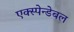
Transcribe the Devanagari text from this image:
एक्स्पेन्डेबल